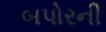
બપોરની